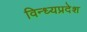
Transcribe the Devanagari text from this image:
विन्ध्यप्रदेश